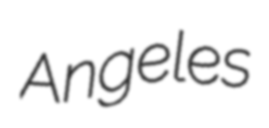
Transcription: Angeles